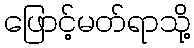
ဖြောင့်မတ်ရာသို့